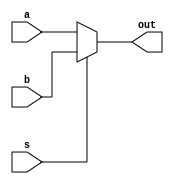
`timescale 1ns / 1ps
//////////////////////////////////////////////////////////////////////////////////
// Company: 
// Engineer: 
// 
// Design Name: 
// Module Name:    Mux2 
// Project Name: 
// Target Devices: 
// Tool versions: 
// Description: 
//
// Dependencies: 
//
// Revision: 
// Revision 0.01 - File Created
// Additional Comments: 
//
//////////////////////////////////////////////////////////////////////////////////
module Mux2(
    input[1:0] a,
    input[1:0] b,
    input s,
    output[1:0] out
    );
	 
	 assign out = (s==1'b0) ? a : b;
	 


endmodule